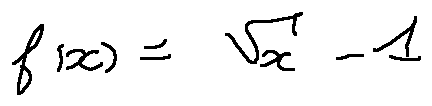
f ( x ) = \sqrt { x } - 1